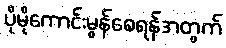
ပိုမိုကောင်းမွန်စေရန်အတွက်